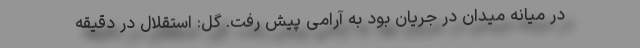
در میانه میدان در جریان بود به آرامی پیش رفت. گل: استقلال در دقیقه